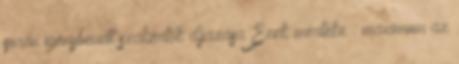
során igénybevett szakértők díjazása Ezek mértéke : maximum az